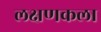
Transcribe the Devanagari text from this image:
लक्षणकला